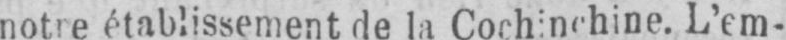
notre établissement de la Cochinchine. L’em-